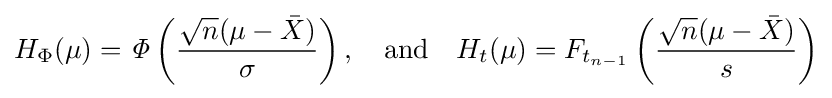
H_{\Phi }(\mu )={\mathit {\Phi }}\left({\frac {{\sqrt {n}}(\mu -{\bar {X}})}{\sigma }}\right),\quad {\text{and}}\quad H_{t}(\mu )=F_{t_{n-1}}\left({\frac {{\sqrt {n}}(\mu -{\bar {X}})}{s}}\right)